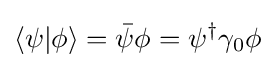
\langle \psi |\phi \rangle ={\bar {\psi }}\phi =\psi ^{\dagger }\gamma _{0}\phi